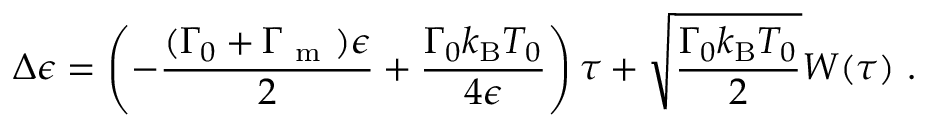
\Delta \epsilon = \left( - \frac { ( \Gamma _ { 0 } + \Gamma _ { \mathrm { ~ m ~ } } ) \epsilon } { 2 } + \frac { \Gamma _ { 0 } k _ { \mathrm { B } } T _ { 0 } } { 4 \epsilon } \right) \tau + \sqrt { \frac { \Gamma _ { 0 } k _ { \mathrm { B } } T _ { 0 } } { 2 } } W ( \tau ) \mathrm { ~ . ~ }